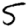
Digit: 5